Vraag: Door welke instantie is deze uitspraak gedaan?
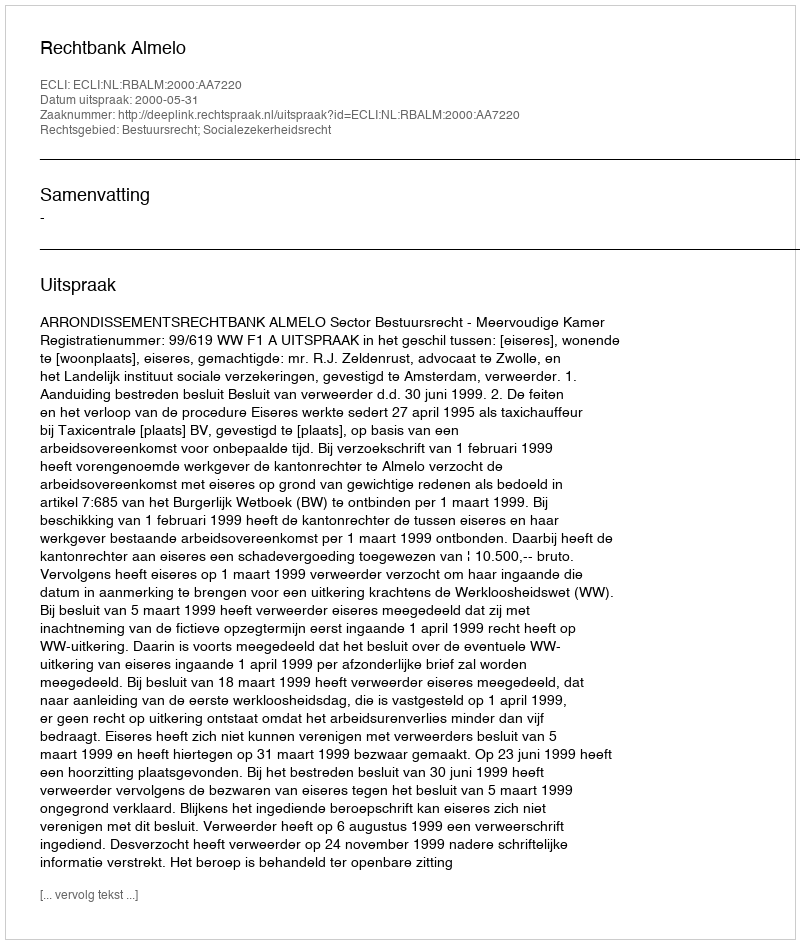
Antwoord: Rechtbank Almelo